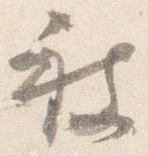
被